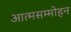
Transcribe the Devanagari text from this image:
आत्मसम्मोहन